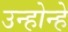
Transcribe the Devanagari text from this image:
उन्होन्हे